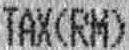
TAX(RM)